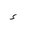
Letter: _hamza